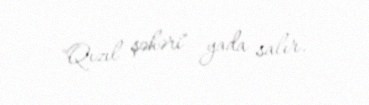
"Qızıl şəhəri" yada salır.